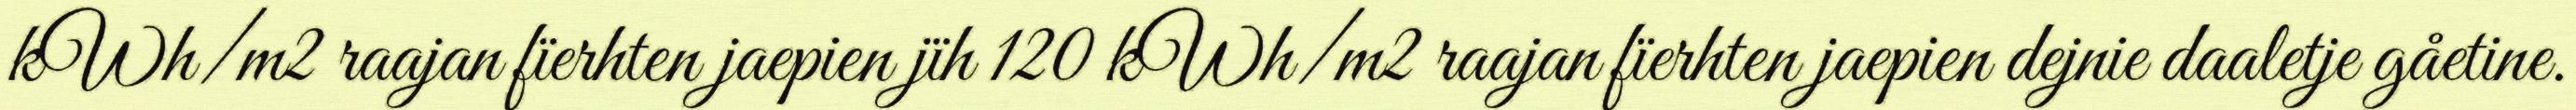
kWh/m2 raajan fïerhten jaepien jïh 120 kWh/m2 raajan fïerhten jaepien dejnie daaletje gåetine.